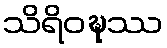
သိရိဝဍ္ဎဿ